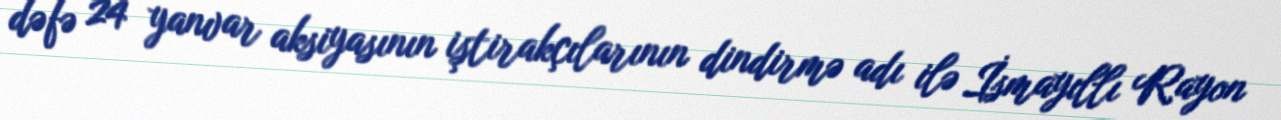
dəfə 24 yanvar aksiyasının iştirakçılarının dindirmə adı ilə İsmayıllı Rayon